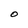
Character: O